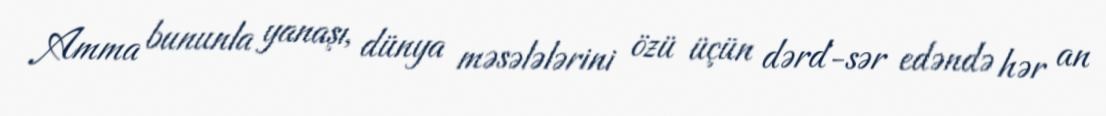
Amma bununla yanaşı, dünya məsələlərini özü üçün dərd-sər edəndə hər an